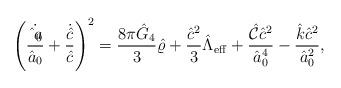
LaTeX: \begin{align*}\left({\dot{\hat{a}_0}\over\hat{a}_0}+{\dot{\hat{c}}\over\hat{c}}\right)^2={{8\pi\hat{G}_4}\over 3}\hat{\varrho}+{\hat{c}^2\over 3}\hat{\Lambda}_{\rm eff}+{\hat{\cal C}\hat{c}^2\over\hat{a}^4_0}-{{\hat{k}\hat{c}^2}\over\hat{a}^2_0},\end{align*}